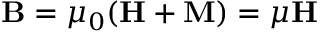
\mathbf B = \mu _ { 0 } ( \mathbf H + \mathbf M ) = \mu \mathbf H